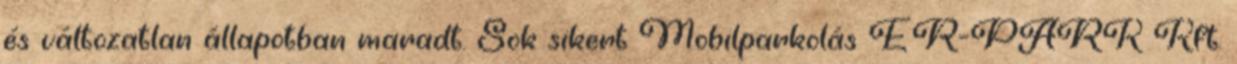
és változatlan állapotban maradt. Sok sikert Mobilparkolás ER-PARK Kft.